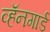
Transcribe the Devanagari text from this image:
व्हॅनगार्ड